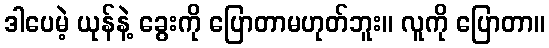
ဒါပေမဲ့ ယုန်နဲ့ ခွေးကို ပြောတာမဟုတ်ဘူး။ လူကို ပြောတာ။